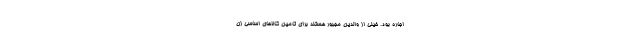
اجاره بود. خیلی از والدین مجبور هستند برای تامین کالاهای اساسی زن